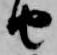
由